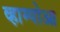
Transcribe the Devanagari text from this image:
व्हाम्पोआ